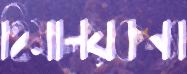
হিমালয়কন্যা